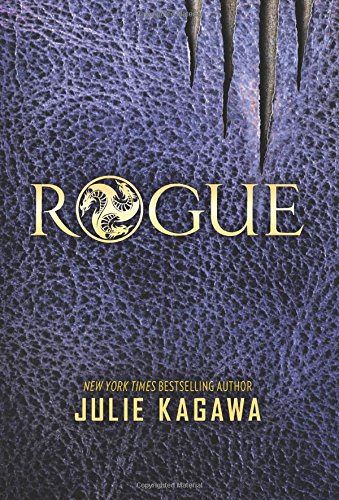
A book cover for Rogue (The Talon Saga); Julie Kagawa; Teen & Young Adult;